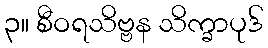
၃။ စီဝရသိဗ္ဗန သိက္ခာပုဒ်